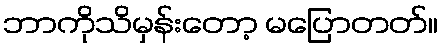
ဘာကိုသိမှန်းတော့ မပြောတတ်။